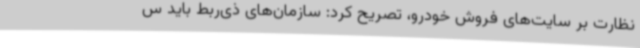
نظارت بر سایت‌های فروش خودرو، تصریح کرد: سازمان‌های ذی‌ربط باید س